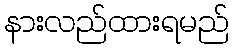
နားလည်ထားရမည်